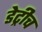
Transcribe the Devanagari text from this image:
डेट्रीच